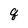
Character: q